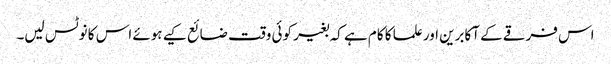
اس فرقے کے آکابرین اور علما کا کام ہے کہ بغیر کوئی وقت ضائع کیے ہوئے اس کا نوٹس لیں۔